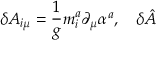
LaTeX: \delta A _ { i \mu } = \frac 1 g m _ { i } ^ { a } \partial _ { \mu } \alpha ^ { a } , \quad \delta \hat { A }